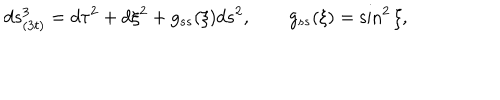
LaTeX: d s _ { ( 3 t ) } ^ { 3 } = d \tau ^ { 2 } + d \xi ^ { 2 } + g _ { s s } ( \xi ) d s ^ { 2 } , \qquad g _ { s s } ( \xi ) = \sin ^ { 2 } \xi ,